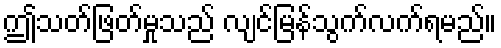
ဤသတ်ဖြတ်မှုသည် လျင်မြန်သွက်လက်ရမည်။